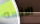
الانسه